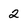
Character: 2